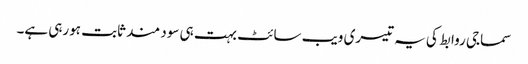
سماجی روابط کی یہ تیسری ویب سائٹ بہت ہی سود مند ثابت ہورہی ہے۔